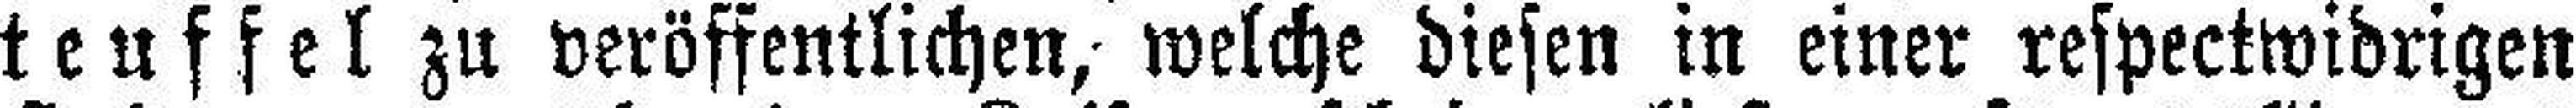
teuffel zu veröffentlichen; welche diesen in einer respectwidrigen